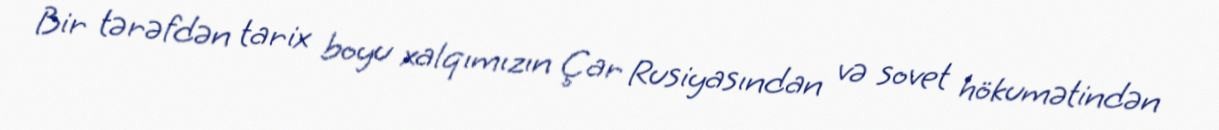
Bir tərəfdən tarix boyu xalqımızın Çar Rusiyasından və sovet hökumətindən